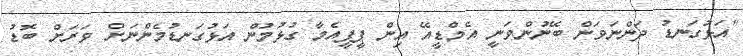
"އަޅުގަނޑު ދަންނަވަން ބޭނުންވަނީ އެމްޑީއޭ އިން ޕީޕީއެމާ ގުޅުމުން އަޅުގަނޑުމެންނަށް ވަރަށް ބޮޑު